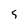
Character: 5